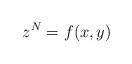
\begin{align*} z^N=f(x,y)\end{align*}